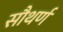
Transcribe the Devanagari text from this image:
सौथर्ण